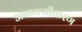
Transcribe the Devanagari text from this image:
अनाक्सीकरण